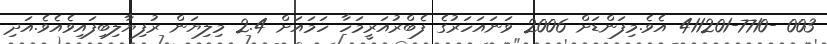
003 -411201-7710 އެވެ.މިފަންޑަށް 2006 ވަނައަހަރުގެ ފެބްރުއަރީމަހާ ހަމައަށް 2.4 މިލިޔަން ރުފިޔާލިބިފައިވެއެވެ.އަދި